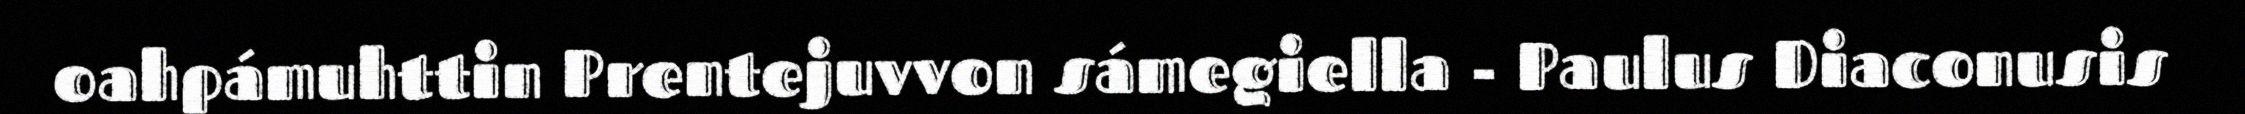
oahpámuhttin Prentejuvvon sámegiella - Paulus Diaconusis